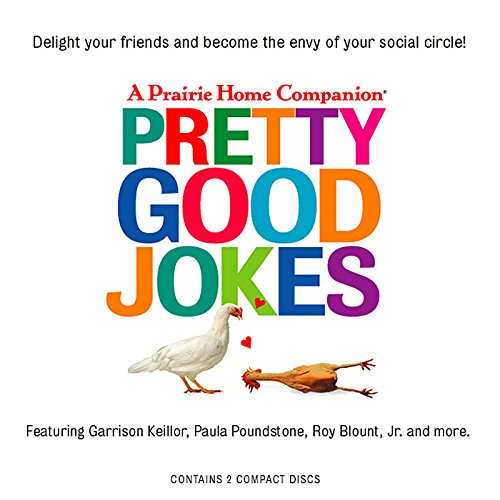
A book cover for Pretty Good Jokes (Prairie Home Companion); Humor & Entertainment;